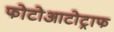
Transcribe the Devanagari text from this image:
फोटोआटोट्राफ